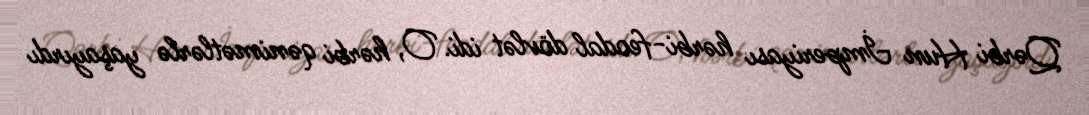
Qərbi Hun İmperiyası hərbi-feodal dövlət idi. O, hərbi qənimətlərlə yaşayırdı